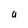
Character: a